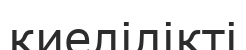
киелілікті